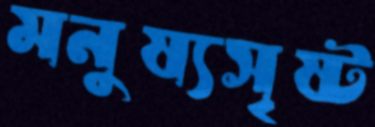
মনুষ্যসৃষ্ট